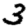
Digit: 3